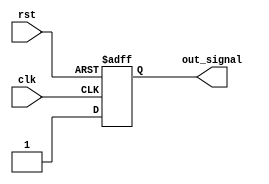
module assign_statement(
    input wire clk,
    input wire rst,
    output reg out_signal
);

always @(posedge clk or negedge rst) begin
    if (!rst) begin
        out_signal <= 1'b0;
    end else begin
        out_signal <= 1'b1;
    end
end

endmodule